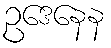
ဥဒေနေန